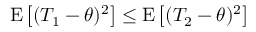
\mathrm { E } \left[ ( T _ { 1 } - \theta ) ^ { 2 } \right] \leq \mathrm { E } \left[ ( T _ { 2 } - \theta ) ^ { 2 } \right]